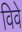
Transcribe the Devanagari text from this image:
विवे